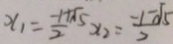
x _ { 1 } = \frac { - 1 + \sqrt { 5 } } { 2 } x _ { 2 } = \frac { - 1 - \sqrt { 5 } } { 2 }